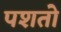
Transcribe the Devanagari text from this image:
पशतो